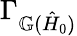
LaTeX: \Gamma_{\mathbb{G}(\hat{H}_{0})}